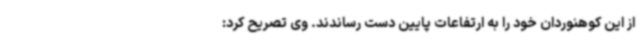
از این کوهنوردان خود را به ارتفاعات پایین دست رساندند. وی تصریح کرد: